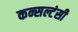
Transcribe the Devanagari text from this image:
कन्सल्टंसी